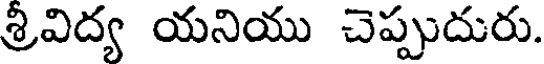
శ్రివిద్య యనియు చెప్పుదురు.